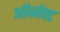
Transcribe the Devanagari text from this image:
ऑब्जॅक्ट